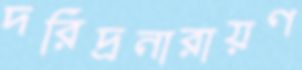
দরিদ্রনারায়ণ